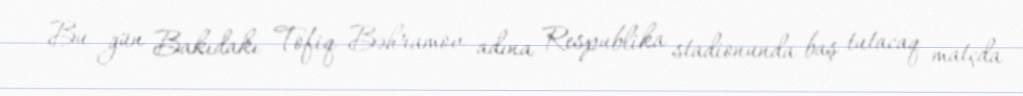
Bu gün Bakıdakı Tofiq Bəhramov adına Respublika stadionunda baş tutacaq matçda